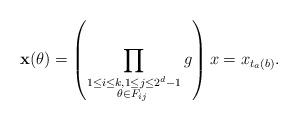
LaTeX: \begin{align*}\mathbf{x}(\theta)=\left(\prod_{\substack{ 1\leq i\leq k,1\leq j\leq 2^d -1 \\ \theta\in F_{ij} \;}}g\right)x=x_{t_a(b)}.\end{align*}